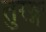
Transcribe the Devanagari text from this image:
तुरङ्ग